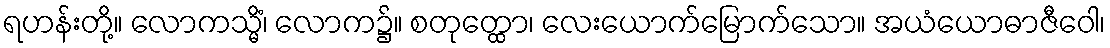
ရဟန်းတို့။ လောကသ္မိံ၊ လောက၌။ စတုတ္ထော၊ လေးယောက်မြောက်သော။ အယံယောဓာဇီဝေါ၊